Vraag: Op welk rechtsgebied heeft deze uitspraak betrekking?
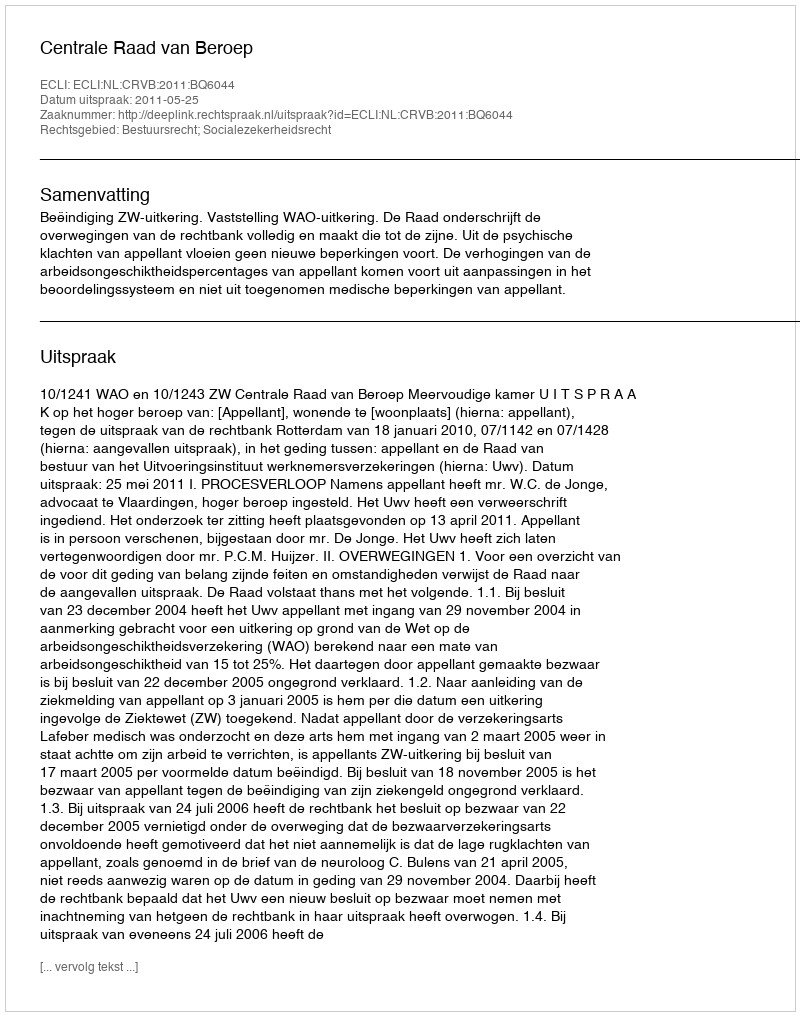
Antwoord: Bestuursrecht; Socialezekerheidsrecht